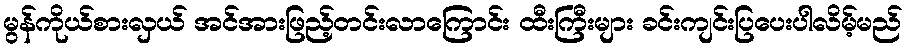
မွန်ကိုယ်စားလှယ် အင်အားဖြည့်တင်းလာကြောင်း ထီးကြီးများ ခင်းကျင်းပြပေးပါလိမ့်မည်